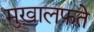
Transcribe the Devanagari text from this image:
मुख़ालफ़ते